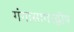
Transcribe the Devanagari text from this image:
गंगासागरद्वीप